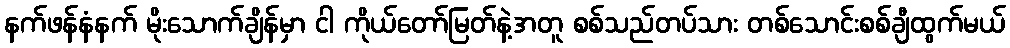
နက်ဖန်နံနက် မိုးသောက်ချိန်မှာ ငါ ကိုယ်တော်မြတ်နဲ့အတူ စစ်သည်တပ်သား တစ်သောင်းစစ်ချီထွက်မယ်